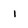
Character: 1